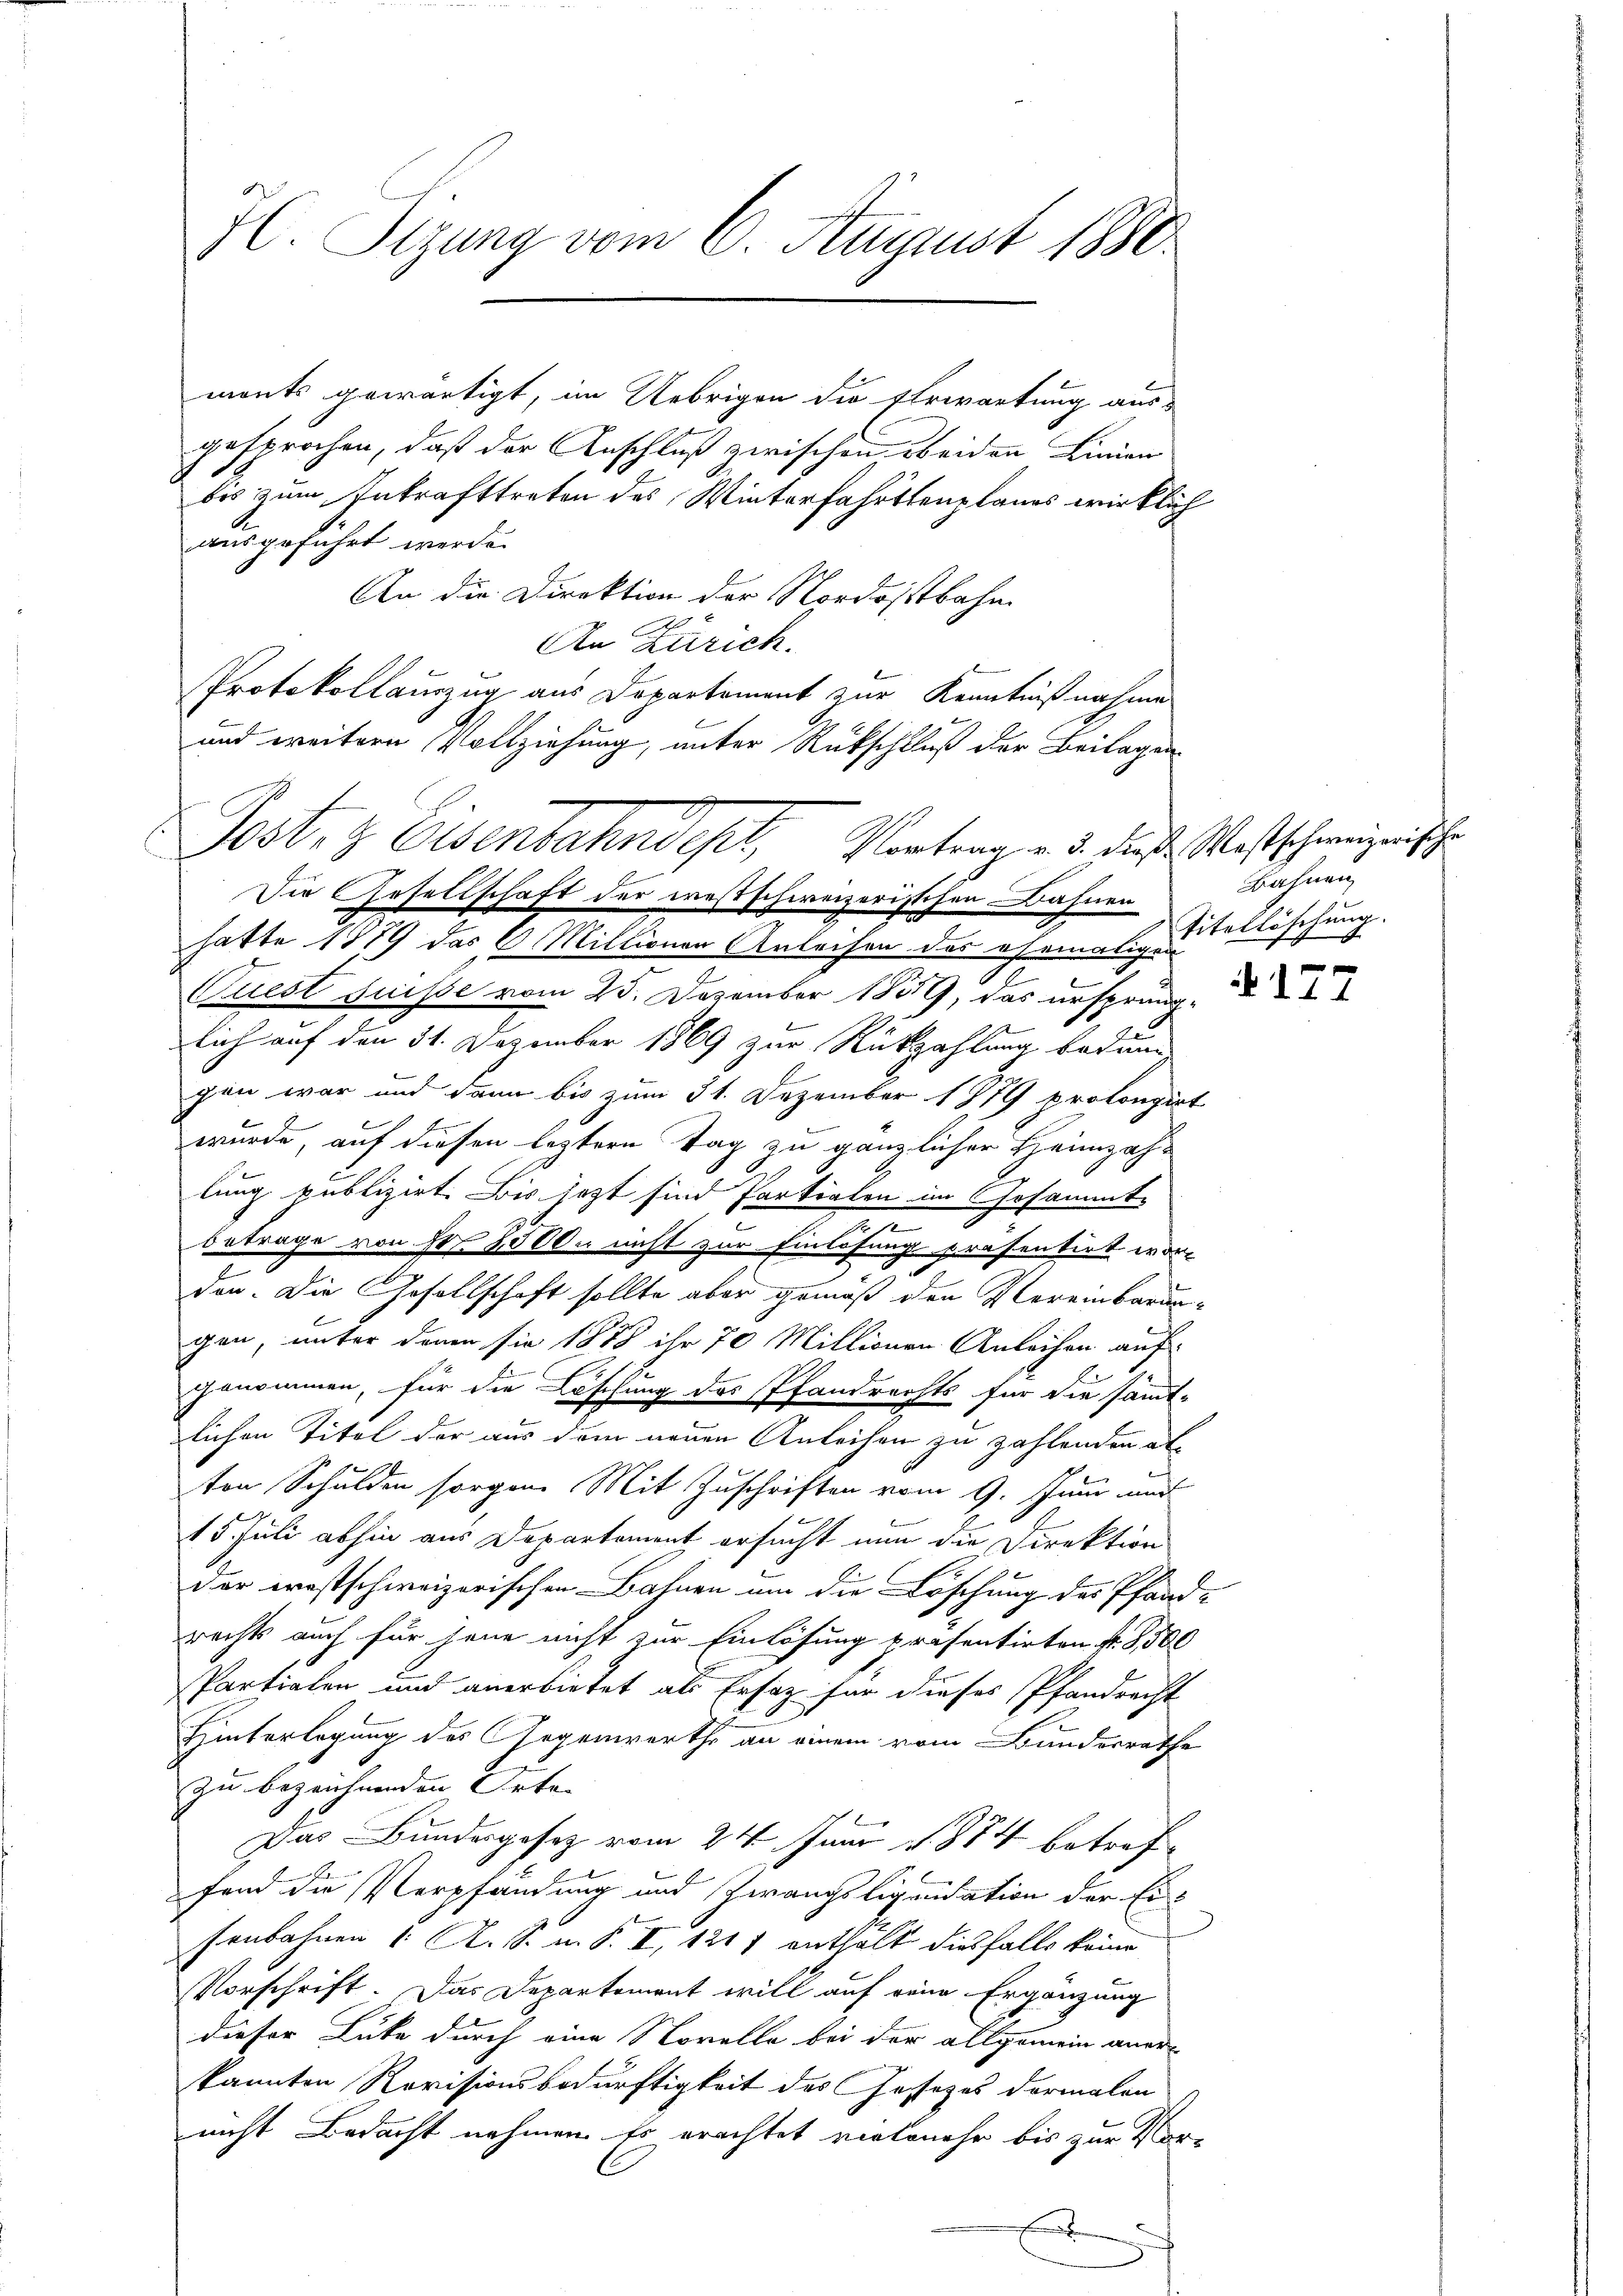
HC. Sizung vom 6. August 1880

monts gewärtigt, im Uebrigen die Ehrwartung aus-
gesprochen, daß der Anschluß zwischen beiden Linien
bis zum Inkrafttreten des Winterfahrtenplanes wirklich
ausgeführt werde.
An die Direktion der Nordostbahn
An Zürich.
Protokollauszug aus Departement zur Kenntnißnahme
und weitere Vollziehung, unter Rückschluß der Beilagen
Die Gesellschaft der westschweizerischen Bahnen
hatte 1889 das 6 Millionen Anleihen des ehemals des Fischung. |
Quest suisse vom 23. Dezember 1859, das ursprünglich auf den 31. Dezember 1869 zur Rückzahlung bedangen war und dann bis zum 31. Dezember 1879 prolongirt
wurde, auf diesen leztere Tag zu gänzlicher Heimzahlung publizirt. Bis jezt sind Partialen im Gesammt-
betrage von Fr. 8000. nicht zur Einlösung präsentirt wor-
den. Die Gesellschaft sollte aber gemäß den Vereinbarungen, unter denen sie 1878 ihr 70 Millionen Anleihen auf
genommen, für die Löschung des Pfandrechts für die sämmt-
lichen Titel der aus dem neuen Anleihen zu zahlenden alten Schulden sorgen Mit Zuschriften vom 9. Juni und
15. Juli abhin aus Departement ersucht nun die Direktion
der trostschweizerischen Bahnen um die Löschung des Pfand-
rechts auch für jene nicht zur Einlösung präsentirten fr. 8300
Partialen und anerbietet als Ersatz für dieses Pfandrecht
Hinterlegung des Gegenwärts an einem vom Bundesrathe
zu bezeichnenden Orte- |
Das Bundesgesez vom 24. Juni 1884 betref-
fend die Verpfandung und Zwangsliquidation der Ei-
senbahnen 1. A. S. u. S. I, 1217 enthalt diesfalls keine
Vorschrift. Das Departement will auf reine Ergänzung
dieser Lute durch eine Novelle bei der allgemein aner-
kannten Revisionsbedürftigkeit des Gesezes dormalen
nicht Bedacht nehmen. Es erachtet vielmehr bis zur Vor-
E

Postez Eisenbahndet, Vortrag v. 3. diese Westschereinische

Bahnen

177